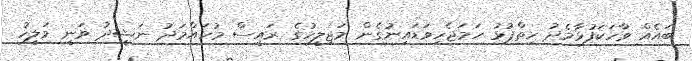
ބައެއް ވާހަކަފުޅާމެދު ހިތްޕުޅު ހަމަޖެހިވަޑައިނުގެން މަޖިލީހުގެ ރައީސް މުހައްމަދު ނަޝީދު ވަނީ މަލީހު